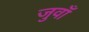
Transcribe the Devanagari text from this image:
जुवाँ